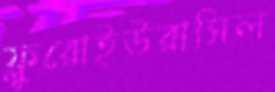
ফ্লুরোইউরাসিল